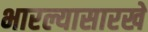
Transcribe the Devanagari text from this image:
भारल्यासारखे